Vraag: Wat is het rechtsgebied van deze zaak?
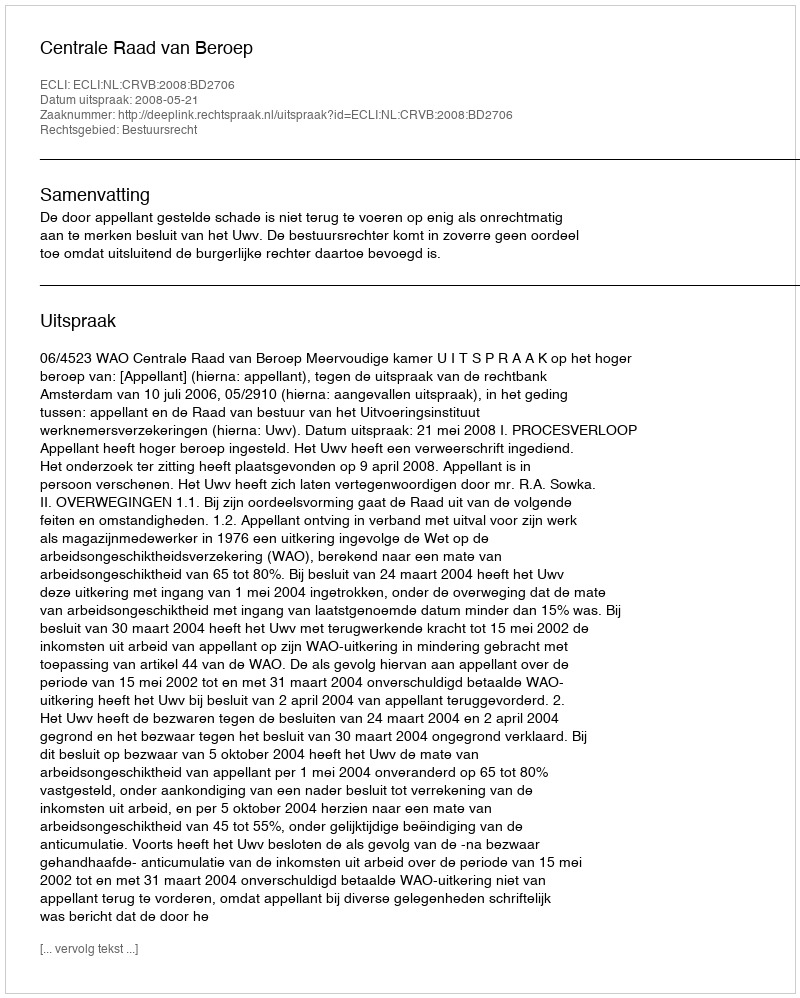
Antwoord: Bestuursrecht